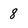
Character: 8